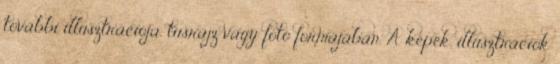
további illusztrációja, tusrajz vagy fotó formájában. A képek, illusztrációk